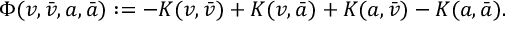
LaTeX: \Phi ( v , \bar { v } , a , \bar { a } ) : = - K ( v , \bar { v } ) + K ( v , \bar { a } ) + K ( a , \bar { v } ) - K ( a , \bar { a } ) .